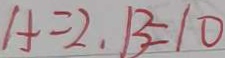
A = 2 , B = 1 0